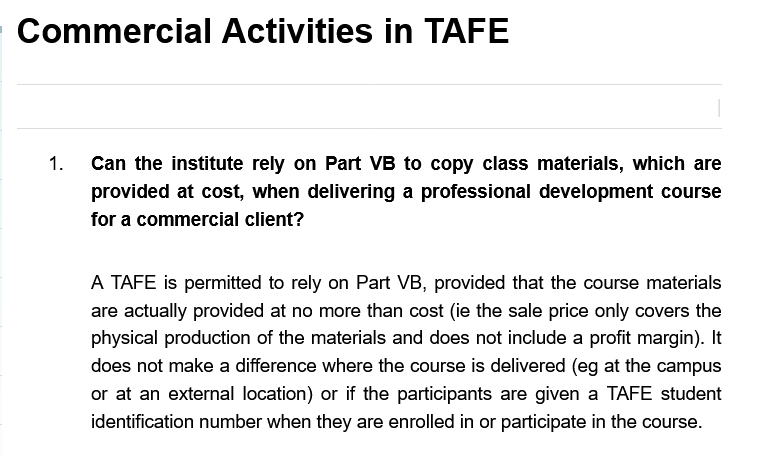
Commercial    Activities    in   TAFE
     Can  the institute rely on Part VB to copy class materials, which are
     provided  at cost, when delivering a professional development course
     for a commercial client?
     A  TAFE is permitted to rely on Part VB, provided that the course materials
     are actually provided at no more than cost (ie the sale price only covers the
     physical production of the materials and does not include a profit margin). It
     does not make
     a
     difference where the course is delivered (eg at the campus
     or at an external location) or if the participants are given a TAFE student
     identification number when they are enrolled in or participate in the course.